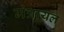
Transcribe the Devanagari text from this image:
मंत्रायल